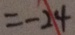
= - 2 4